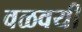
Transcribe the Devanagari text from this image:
वळवयी